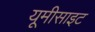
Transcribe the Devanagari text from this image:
यूमीसाइट